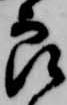
良